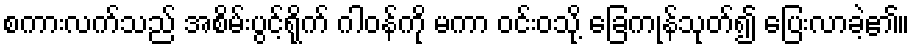
စကားလက်သည် အစိမ်းပွင့်ရိုက် ဂါဝန်ကို မကာ ဝင်းဝသို့ ခြေကုန်သုတ်၍ ပြေးလာခဲ့၏။